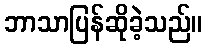
ဘာသာပြန်ဆိုခဲ့သည်။